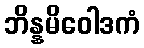
ဘိန္နမိဝေါဒကံ